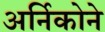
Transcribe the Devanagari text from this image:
अर्निकोने